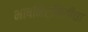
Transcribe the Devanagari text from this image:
भाषनिर्मितीचा